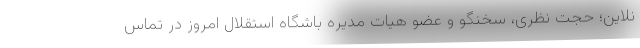
نلاین؛ حجت نظری، سخنگو و عضو هیات مدیره باشگاه استقلال امروز در تماس